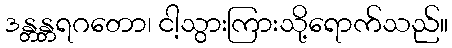
ဒန္တန္တရဂတော၊ ငါ့သွားကြားသို့ရောက်သည်။